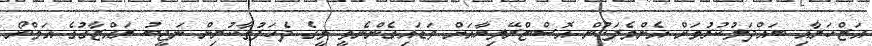
އަޒްހަރާއި ބައްދަލުކުރުމަށް އެންމެފަހުން އޮސްޓްރޭލިޔާއަށް ވަޑައިގެންނެވީ މީގެ ދެހަފުތާކުރިން ނަޖީބު ރައްޒާގުގެ އަމްނޯ